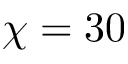
\chi = 3 0